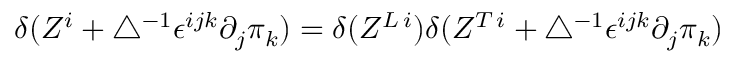
\delta ( Z ^ { i } + \bigtriangleup ^ { - 1 } \epsilon ^ { i j k } \partial _ { j } \pi _ { k } ) = \delta ( Z ^ { L \, i } ) \delta ( Z ^ { T \, i } + \bigtriangleup ^ { - 1 } \epsilon ^ { i j k } \partial _ { j } \pi _ { k } )